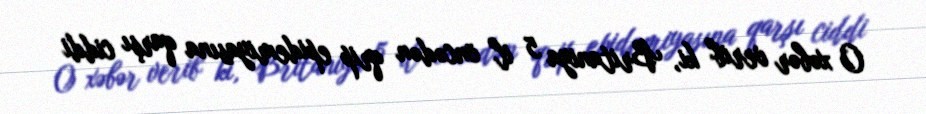
O xəbər verib ki, Britaniya 5 il öncədən qrip epidemiyasına qarşı ciddi